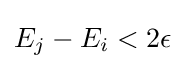
E_{j}-E_{i}<2\epsilon